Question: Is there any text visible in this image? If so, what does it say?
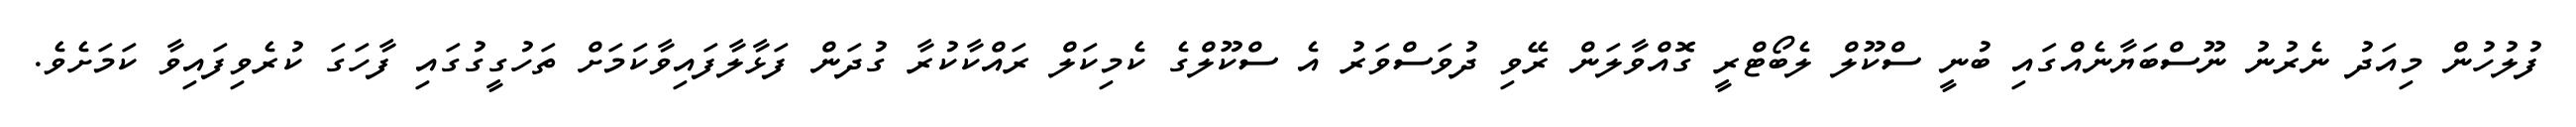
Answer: ފުލުހުން މިއަދު ނެރުނު ނޫސްބަޔާނެއްގައި ބުނީ ސްކޫލް ލެބޯޓްރީ ގޮއްވާލަން ރޭވި ދުވަސްވަރު އެ ސްކޫލްގެ ކެމިކަލް ރައްކާކުރާ ގުދަން ފަޅާލާފައިވާކަމަށް ތަހުގީގުގައި ފާހަގަ ކުރެވިފައިވާ ކަމަށެވެ.